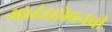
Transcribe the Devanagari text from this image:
आइंडहोवनची